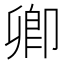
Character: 卿